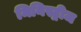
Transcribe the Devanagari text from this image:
मिनिस्ट्रीज